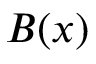
B ( x )